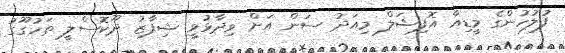
ފުލުހުންގެ މީޑިއާ އޮފިޝަލް މިއަދު ސަން އަށް ވިދާޅުވީ ޝިފާޒު ދޫކޮސްލީ ތަހުގޫގު